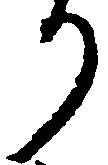
り